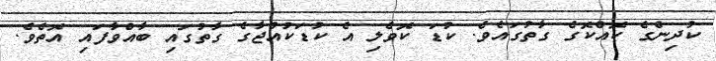
ކުދިންގެ ކޮއްކޮގެ ގާތުގައެވެ. ކުޑަ ކޮވެލި އެ ކުޑަކުއްޖާގެ ގާތުގައި ބާއްވާފައި އޮތެވެ.